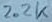
Text: 2.2K